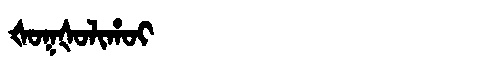
Manchu: ᡧᠣᡴᡧᠣᠯᡳᡥᠣᡳ
Romanization: ŠOKŠOLIHOI